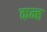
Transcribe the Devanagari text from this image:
कन्ह